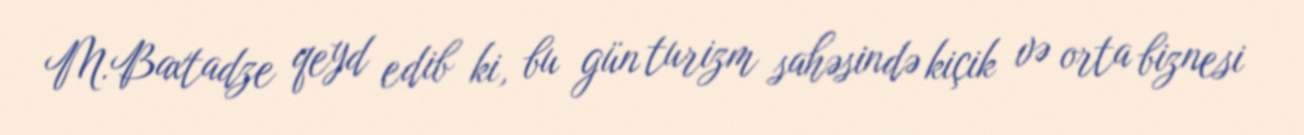
M.Baxtadze qeyd edib ki, bu gün turizm sahəsində kiçik və orta biznesi